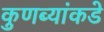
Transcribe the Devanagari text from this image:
कुणब्यांकडे